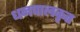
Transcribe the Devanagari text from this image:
धनपालकृत